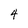
Character: 4